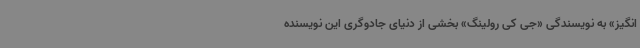
انگیز» به نویسندگی «جی کی رولینگ» بخشی از دنیای جادوگری این نویسنده